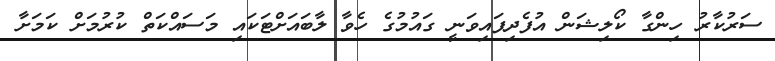
ސަރުކާރު ހިންގާ ކޯލިޝަން އުފެދިފައިވަނީ ގައުމުގެ ހެވާ ލާބައަށްޓަކައި މަސައްކަތް ކުރުމަށް ކަމަށާ